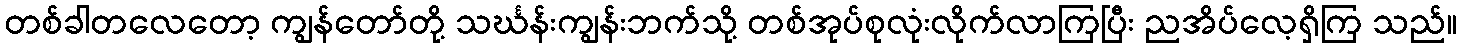
တစ်ခါတလေတော့ ကျွန်တော်တို့ သင်္ဃန်းကျွန်းဘက်သို့ တစ်အုပ်စုလုံးလိုက်လာကြပြီး ညအိပ်လေ့ရှိကြ သည်။